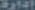
إدارة